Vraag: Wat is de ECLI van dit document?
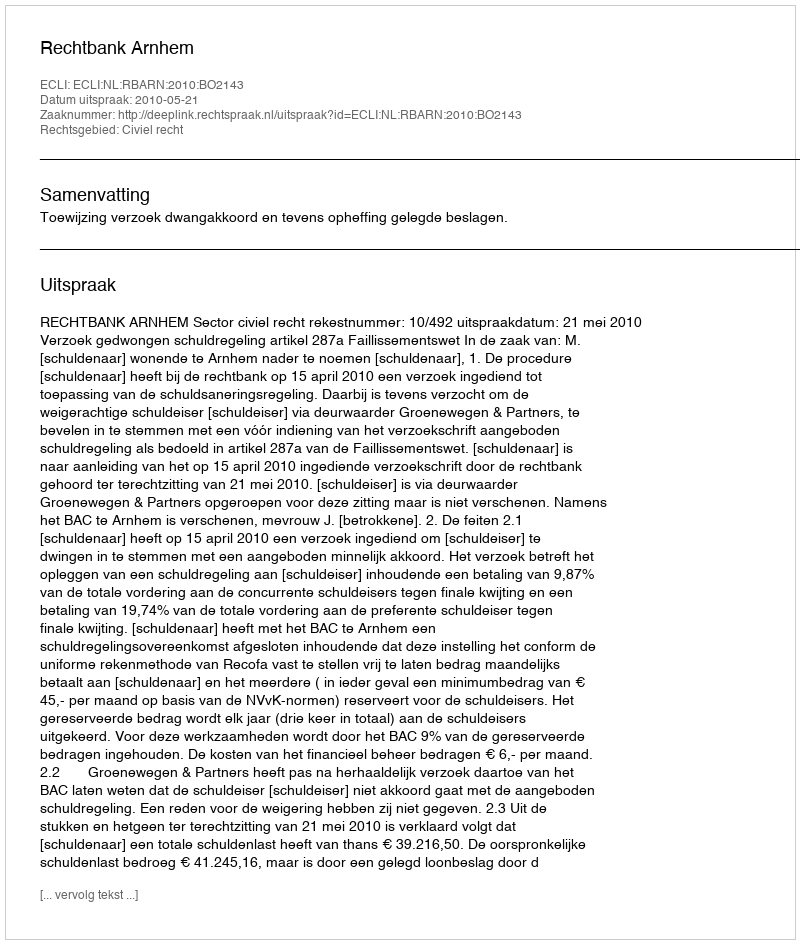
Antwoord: ECLI:NL:RBARN:2010:BO2143